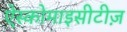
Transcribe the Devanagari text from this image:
ऐस्कोमाइसीटीज़